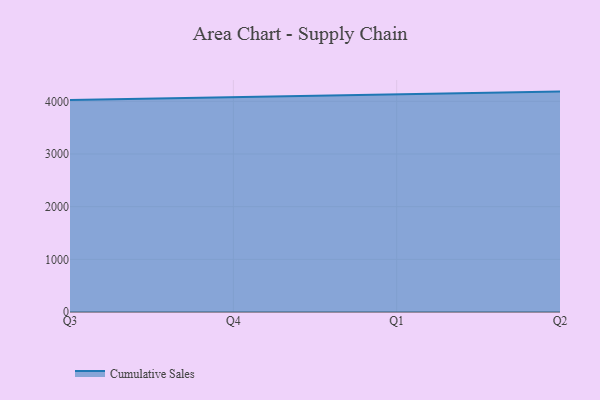
{"axis": {"x": "Quarter", "y": "Satisfaction Score"}, "legend": ["Cumulative Sales"], "data": [{"x": "Q3", "y": 4024.7, "type": "Cumulative Sales"}, {"x": "Q4", "y": 4079.5, "type": "Cumulative Sales"}, {"x": "Q1", "y": 4138.1, "type": "Cumulative Sales"}, {"x": "Q2", "y": 4185.2, "type": "Cumulative Sales"}]}